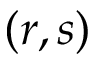
( r , s )